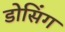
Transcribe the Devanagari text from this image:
डोसिंग